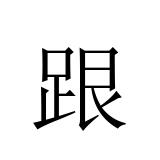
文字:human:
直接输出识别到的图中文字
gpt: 跟